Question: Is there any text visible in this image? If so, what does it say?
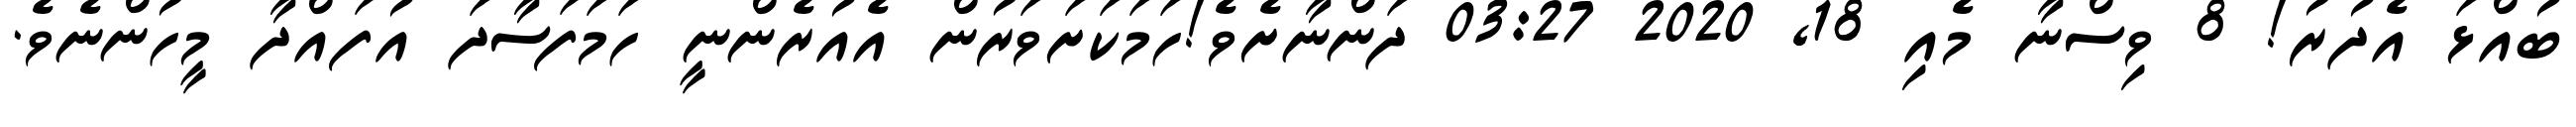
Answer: ބުއްޅަ އެދުރު! 8 ވިސްނާ މެއި 18, 2020 03:27 ދަންނާށެވެ!ހަމަކަށަވަރުން އެއުރެންނީ ހަމަފަސާދަ އުފައްދާ މީހުންނެވެ.